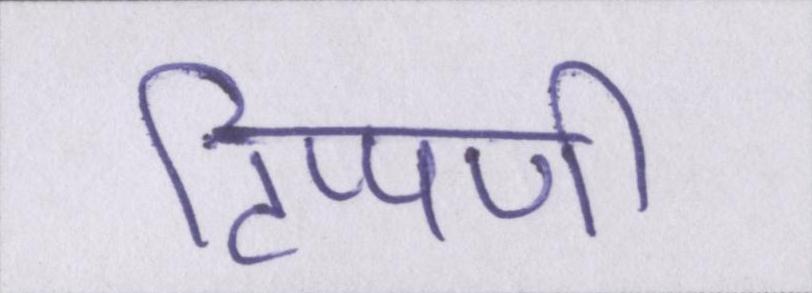
टिप्पणी